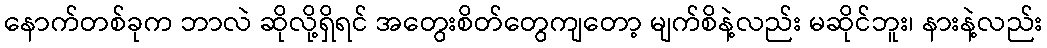
နောက်တစ်ခုက ဘာလဲ ဆိုလို့ရှိရင် အတွေးစိတ်တွေကျတော့ မျက်စိနဲ့လည်း မဆိုင်ဘူး၊ နားနဲ့လည်း